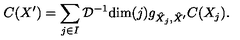
C ( X ^ { \prime } ) = \sum _ { j \in I } \mathcal { D } ^ { - 1 } \mathrm { d i m } ( j ) g _ { \hat { X } _ { j } , \hat { X } ^ { \prime } } C ( X _ { j } ) .